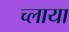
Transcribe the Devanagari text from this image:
च्लाया